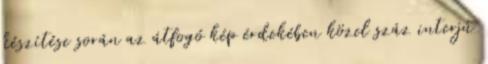
készítése során az átfogó kép érdekében közel száz interjú